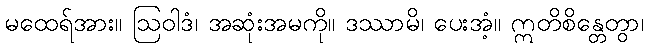
မထေရ်အား။ ဩဝါဒံ၊ အဆုံးအမကို။ ဒဿာမိ၊ ပေးအံ့။ ဣတိစိန္တေတွာ၊